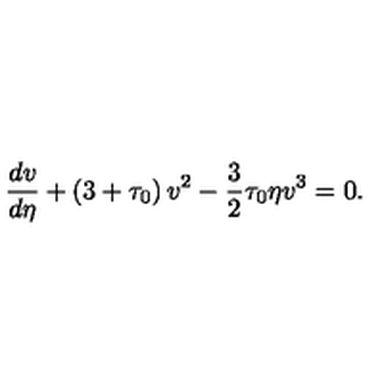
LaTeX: \frac { d v } { d \eta } + \left( 3 + \tau _ { 0 } \right) v ^ { 2 } - \frac 3 2 \tau _ { 0 } \eta v ^ { 3 } = 0 .